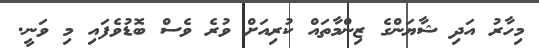
މިހާރު އަދި ޝާޔަންގެ ޒިންމާތައް ކުރިއަށް ވުރެ ވެސް ބޮޑުވެފައި މި ވަނީ.